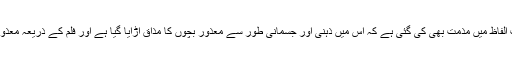
اس فلم کو جہاں سراہا گیا ہے، وہیں کچھ حلقوں کی جانب سے سخت الفاظ میں مذمت بھی کی گئی ہے کہ اس میں ذہنی اور جسمانی طور سے معذور بچوں کا مذاق اڑایا گیا ہے اور فلم کے ذریعہ معذوری کو تماش بینوں کے لیے سیر و تفریح کا سامان فراہم کیا گیاہے۔